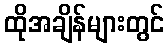
ထိုအချိန်များတွင်